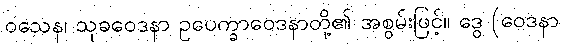
ဝသေန၊ သုခဝေဒနာ ဥပေက္ခာဝေဒနာတို့၏ အစွမ်းဖြင့်။ ဒွေ (ဝေဒနာ